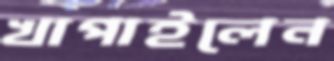
খাপাইলেন